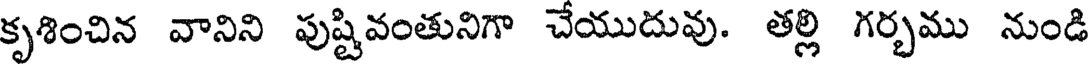
కృశించిన వానిని పుష్టివంతునిగా చేయుదువు. తల్లి గర్భము నుండి